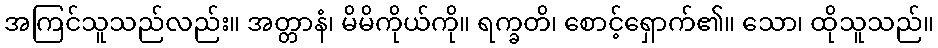
အကြင်သူသည်လည်း။ အတ္တာနံ၊ မိမိကိုယ်ကို။ ရက္ခတိ၊ စောင့်ရှောက်၏။ သော၊ ထိုသူသည်။